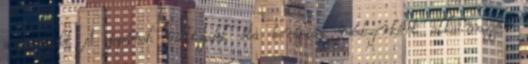
a családot A japánok évtizedek óta terápiás módszerként alkalmazzák